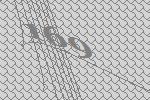
169